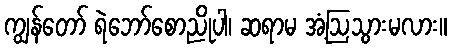
ကျွန်တော် ရဲဘော်စောညိုပါ၊ ဆရာမ အံ့ဩသွားမလား။